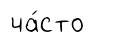
ча́сто